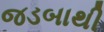
જડબાથી